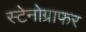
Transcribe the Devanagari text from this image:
स्टेनोग्राफर